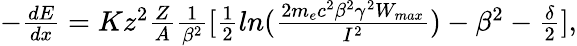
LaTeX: \begin{array}{r}{-\frac{dE}{dx}=Kz^{2}\frac{Z}{A}\frac{1}{\beta^{2}}[\frac{1}{2}ln(\frac{2m_{e}c^{2}\beta^{2}\gamma^{2}W_{max}}{I^{2}})-\beta^{2}-\frac{\delta}{2}],}\end{array}